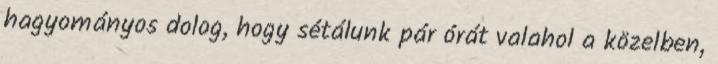
hagyományos dolog, hogy sétálunk pár órát valahol a közelben,